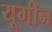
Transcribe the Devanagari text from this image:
यूगीन